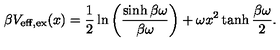
\beta V _ { \mathrm { e f f , e x } } ( x ) = \frac { 1 } { 2 } \ln \left( \frac { \sinh \beta \omega } { \beta \omega } \right) + \omega x ^ { 2 } \tanh \frac { \beta \omega } { 2 } .